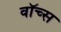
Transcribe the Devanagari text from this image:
वॉच्स